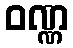
ဝဏ္ဏ